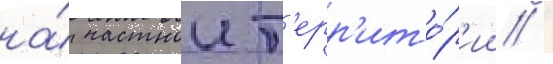
на́ частнои т'ерр'ито́р'ии /